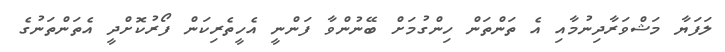
ލަފަޔާ މަޝްވަރާދިނުމާއި އެ ތަންތަން ހިންގުމަށް ބޭނުންވާ ފަންނީ އެހީތެރިކަން ފޯރުކޮށްދީ އެތަންތަނުގެ